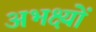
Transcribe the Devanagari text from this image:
अभक्ष्यों